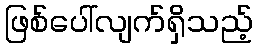
ဖြစ်ပေါ်လျက်ရှိသည့်